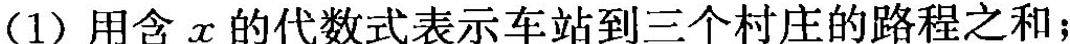
(1)用含x的代数式表示车站到三个村庄的路程之和；